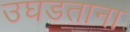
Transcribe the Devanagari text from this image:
उघडताना